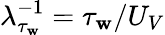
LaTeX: \lambda_{\tau_{\mathbf{w}}}^{-1}=\tau_{\mathbf{w}}/U_{V}